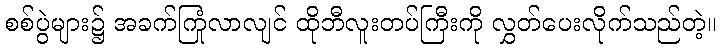
စစ်ပွဲများ၌ အခက်ကြုံလာလျင် ထိုဘီလူးတပ်ကြီးကို လွှတ်ပေးလိုက်သည်တဲ့။